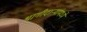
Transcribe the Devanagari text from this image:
भागीदार्‍यांमध्ये